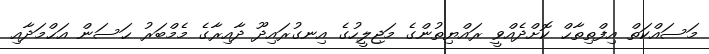
މަސައްކަތް އިފްތިތާޙް ކޮށްދެއްވީ ރައްޔިތުންގެ މަޖިލީހުގެ އިނގުރައިދޫ ދާއިރާގެ މެމްބަރު ޙަސަން އަޙްމަދާއި